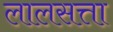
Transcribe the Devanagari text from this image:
लालसत्ता